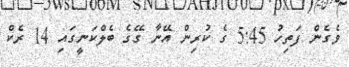
ވެގެން ފަތިހު 5:45 ގެ ކުރިން އޭނާ ގޭގެ ބެލްކަނީގައި 14 ރެކް